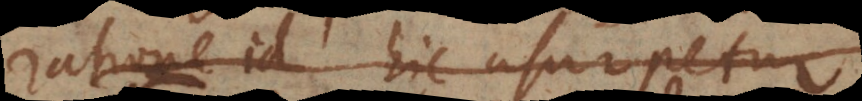
ratione id hic ursurpetur